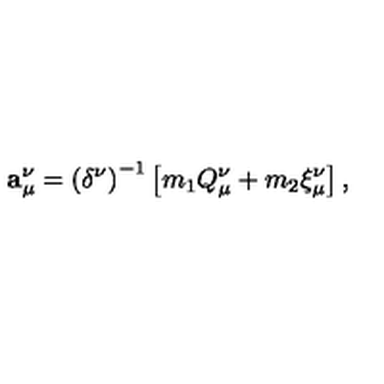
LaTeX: { \bf a } _ { \mu } ^ { \nu } = \left( \delta ^ { \nu } \right) ^ { - 1 } \left[ m _ { 1 } Q _ { \mu } ^ { \nu } + m _ { 2 } \xi _ { \mu } ^ { \nu } \right] ,